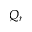
Q _ { r }